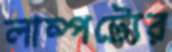
লাম্পট্যের